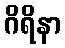
ဂိရိနာ